Medical and sanitary report of the native army of Bengal for the year
Year: 1874
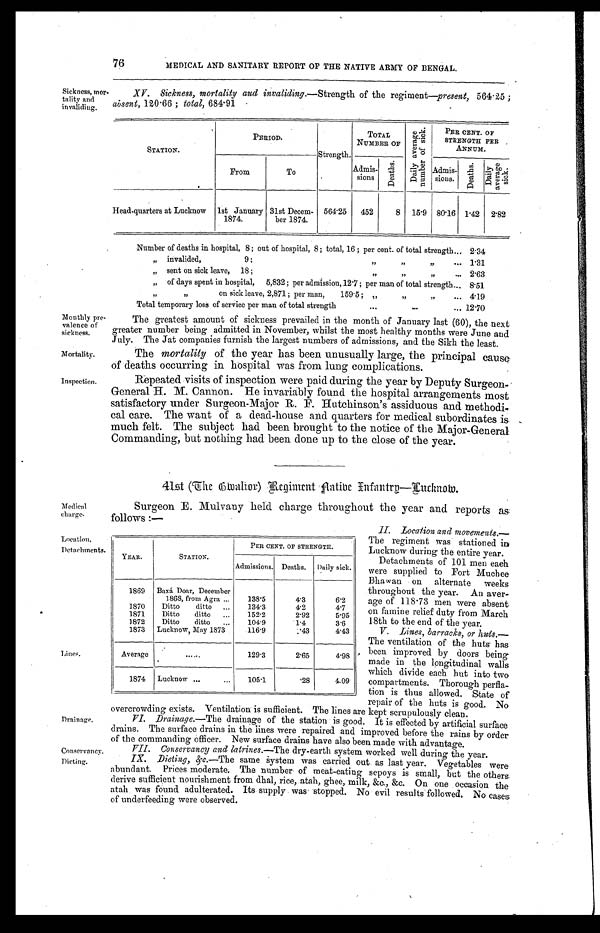
Monthly pre
-
valence of
sickness.
Mortality.
Inspection.
Medical
charge.
Location.
Detachments.
76 MEDICAL AND SANITARY REPORT OF THE NATIVE ARMY OF BENGAL.
Sickness,
mor-
tality and
invaliding.
XVV. Sickness, mortality and invaliding.— Strength of the regiment— present, 564.25 ;
absent, 120.66 ; total, 684.91
STATION.
PERIOD.
Strength.
TOTAL.
NUMBER OF
D a i l y a v e r a g e n u m b e r o f s i c k .
PER CENT. OF
STRENGTH PER ,
A N N U M .
From
To
Admis-
sions
D e a t h s .
Admis-
s i o n s .
D e a t h s .
D a i l y a v e r a g e s i c k .
Head-quarters at Lucknow 1st January
1874.
31st Decem-
ber 1874.
564.25
452
8 15.9 80.16 1.42 2.82
Number of deaths in hospital, 8 ; out of hospital, 8 ; total, 16 ; per cent. of total strength . . . 2.34
" invalided, 9 ;
" " . . . 1.31
" sent on sick leave, 18 ; " " " . . . 2.63
" of days spent in hospital, 5,832; per admission, 12.7 ; per man of total strength . . . 8.51
" on sick leave, 2,871 ; per man, 159.5 ; " " " . . . 4.19
Total temporary loss of service per man of total strength . . . 12.70
Lines.
Drainage.
The greatest amount of sickness prevailed in the month of January last (60), the next
greater number being admitted in November, whilst the most healthy months were June and
July. The Jat companies furnish the largest numbers of admissions, and the Sikh the least.
The mortality of the year has been unusually large, the principal cause
of deaths occurring in hospital was from lung complications.
Repeated visits of inspection were paid during the year by Deputy Surgeon
-
General H. M. Cannon. He invariably found the hospital arrangements most
satisfactory under Surgeon-Major R. F. Hutchinson's assiduous and methodi
-
cal care. The want of a dead-house and quarters for medical subordinates is
much felt. The subject had been brought to the notice of the Major-General
Commanding, but nothing had been done up to the close of the year.
41st (The Gwalior) Regiment Native Infantry—Lucknow.
Surgeon E. Mulvany held charge throughout the year and reports as
follows:—
YEAR.
STATION.
PER CENT. OF STRENGTH.
Admissions. Deaths. Daily sick.
1869 Baxá Doar, December
1868, from Agra . . .
138.5
4.3
6.2
1870
Ditto ditto . . .
134.3
4.2
4.7
1871
Ditto ditto . . .
152.2
2.92
5.95
1872
Ditto ditto . . .
104.9
1.4
3.6
1873 Lucknow, May 1873
116.9
.43
4.43
Average
. . .
129.3
2.65
4.98
1874 Lucknow . . .
105.1
.28
4.09
VI. Drainage.—The drainage of the station is good. It is effected by artificial surface
drains. The surface drains in the lines were repaired and improved before the rains by order
of the commanding officer. New surface drains have also been made with advantage.
II. Location and movements.
— T h e r e g i m e n t w a s s t a t i o n e d i n
Lucknow during the entire year.
Detachments of 101 men each
were supplied to Fort Muchee
Bhawan on alternate weeks
throughout the year. An aver-
age of 118.73 men were absent
on famine relief duty from March
18th to the end of the year.
V. Lines, barracks, or
h u t s . —
The ventilation of the huts has
been improved by doors being
made in the longitudinal walls
which divide each but into two
compartments. Thorough perfla -
tion is thus allowed. State of
repair of the huts is good. No
overcrowding exists. Ventilation is sufficient. The lines are kept scrupulously clean.
Conservancy.
VII. Conservancy and latrines.—The dry-earth system worked well during the year.
Dieting.
IX. Dieting, &c.—The
same system was carried out as last year. Vegetables were
abundant. Prices moderate. The number of meat-eating sepoys is small, but the others.
derive sufficient nourishment from dhal, rice, atah, ghee, milk, &c., &c. On one occasion the
atah was found adulterated. Its supply was stopped. No evil results followed. No cases
of underfeeding were observed.